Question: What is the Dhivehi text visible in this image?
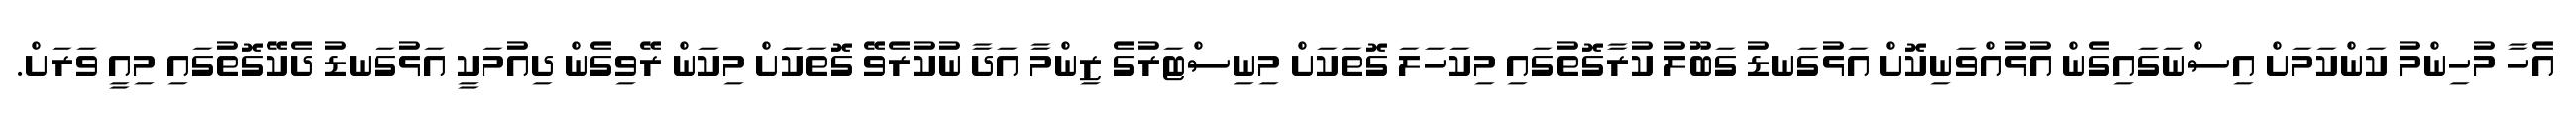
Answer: އެހާ މުހިންމު ކަންކަމަށް އިސްނަގައިގެން އުޅުއްވަނިކޮށް އަޅުގަނޑު ގަބޫލު ކުރާގޮތުގައި މިކަހަލަ ގޮތަކަށް މިނިސްޓަރުގެ ޒިންމާ އަދާ ނުކުރެވޭ ގޮތަކަަށް މިކަން ރޭވިގެން ދިއުމަކީ އަޅުގަނޑު ދެކޭގޮތުގައި މިއީ ވަރަށް.